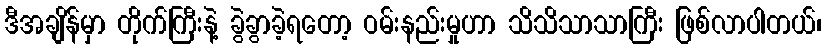
ဒီအချိန်မှာ တိုက်ကြီးနဲ့ ခွဲခွာခဲ့ရတော့ ဝမ်းနည်းမှုဟာ သိသိသာသာကြီး ဖြစ်လာပါတယ်၊